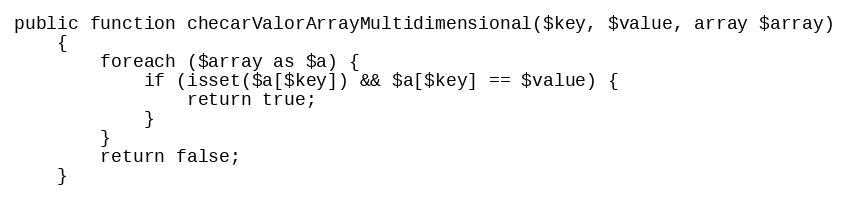
Language: PHP
public function checarValorArrayMultidimensional($key, $value, array $array)
    {
        foreach ($array as $a) {
            if (isset($a[$key]) && $a[$key] == $value) {
                return true;
            }
        }
        return false;
    }